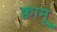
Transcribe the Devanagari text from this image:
क्वामू